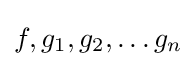
f,g_{1},g_{2},\dots g_{n}